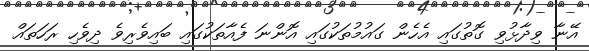
އޭނާ ވިދާޅުވި ގޮތުގައި އެހެން ގައުމުތަކުގައި އޮންނަ ފެއާތަކުގައި ބައިވެރިވެ ދިވެހި ރަހަތައް